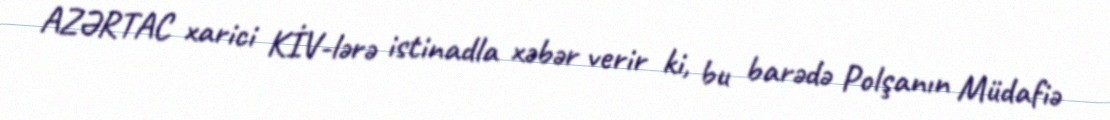
AZƏRTAC xarici KİV-lərə istinadla xəbər verir ki, bu barədə Polşanın Müdafiə